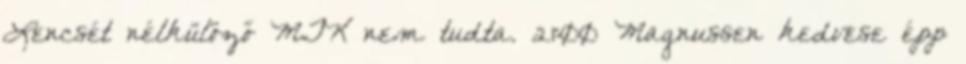
Lencsét nélkülöző MTK nem tudta. 21:00 Magnussen kedvese épp